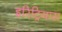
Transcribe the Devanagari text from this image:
इरिट्रियास